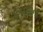
કપડાના